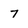
Character: 7